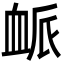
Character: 衇